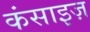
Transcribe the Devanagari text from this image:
कंसाइज़